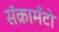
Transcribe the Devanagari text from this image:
सॅक्रामँटो